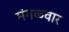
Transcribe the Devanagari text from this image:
मंगळ्वार